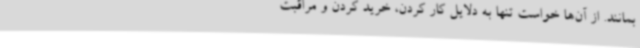
بمانند. از آن‌ها خواست تنها به دلایل کار کردن، خرید کردن و مراقبت